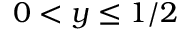
0 < y \leq 1 / 2